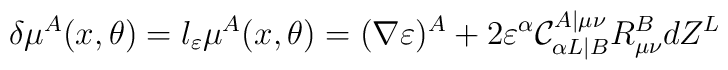
\delta\mu^A(x,\theta)=l_{\varepsilon}\mu^A(x,\theta) = (\nabla\varepsilon)^A+ 2 \varepsilon^{\alpha}\mathcal{C}^{A|\mu\nu}_{\alpha L|B}R^B_{\mu\nu}dZ^L